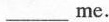
___me.